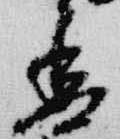
香